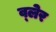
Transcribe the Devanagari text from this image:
व्‍लेर